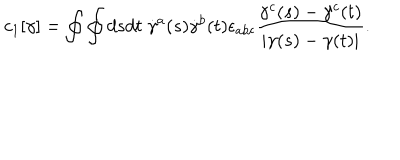
c _ { 1 } [ \gamma ] = \oint \oint d s d t \; \dot { \gamma } ^ { a } ( s ) \dot { \gamma } ^ { b } ( t ) \epsilon _ { a b c } { \frac { \gamma ^ { c } ( s ) - \gamma ^ { c } ( t ) } { | \gamma ( s ) - \gamma ( t ) | } } .